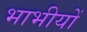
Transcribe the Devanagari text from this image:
भाभीयों